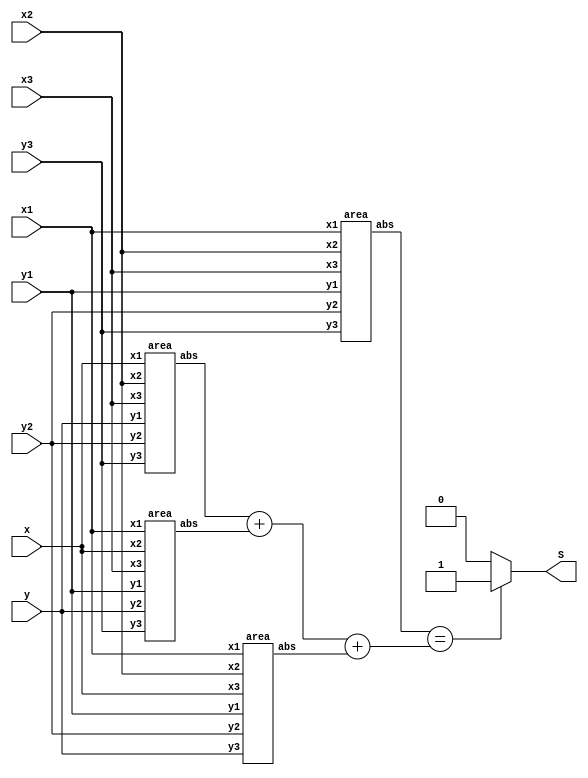
module pontoTriangulo (
  input [9:0] x1,
  input [9:0] y1,
  input [9:0] x2,
  input [9:0] y2,
  input [9:0] x3,
  input [9:0] y3,
  input [9:0] x,
  input [9:0] y,
  output reg S
  );

  wire signed [20:0] A;
  wire signed [20:0] A1;
  wire signed [20:0] A2;
  wire signed [20:0] A3;

  area a(x1, y1, x2, y2, x3, y3, A);
  area b(x, y, x2, y2, x3, y3, A1);
  area c(x1, y1, x, y, x3, y3, A2);
  area d(x1, y1, x2, y2, x, y, A3);

  always @ (A, A1, A2, A3) begin
    if (A == (A1 + A2 + A3))
      begin
        S <= 1;
      end
    else
      begin
        S <= 0;
      end
  end
endmodule

module area (
  input [9:0] x1,
  input [9:0] y1,
  input [9:0] x2,
  input [9:0] y2,
  input [9:0] x3,
  input [9:0] y3,
  output reg [20:0] abs
  );

  always @ ( abs ) begin
    abs <= ((x1*(y2-y3) + (x2*(y3-y1)) + (x3*(y1-y2))));
  end

endmodule

module teste;

  integer entrada;
  integer saida;
  integer resp;
  reg signed [9:0] x1;
  reg signed [9:0] y1;
  reg signed [9:0] x2;
  reg signed [9:0] y2;
  reg signed [9:0] x3;
  reg signed [9:0] y3;
  reg signed [9:0] x;
  reg signed [9:0] y;
  reg signed [9:0] P;
  wire S;

  initial begin
    $dumpvars;

    entrada = $fopen("entradaVerilog.txt", "r");
    saida = $fopen("saidaVerilog.txt", "w");

    if (entrada == 0)
    begin
      $display("O arquivo no pode ser aberto.");
      $finish;
    end
  end

  always #2 begin
    if(!$feof(entrada)) begin
    resp = $fscanf(entrada, "%d %d %d %d %d %d %d %d %d\n", x1, y1, x2, y2, x3, y3, x, y, P);
    //$display("%d %d %d %d %d %d %d %d %d\n", x1, y1, x2, y2, x3, y3, x, y, P);
    #1
      if (S == 1)
        $fwrite(saida, "%.f %.f  %.f %.f  %.f %.f  %.f %.f %.f\n", x1, y1, x2, y2, x3, y3, x, y, S);
      else
        $fwrite(saida, "%.f %.f  %.f %.f  %.f %.f  %.f %.f %.f\n", x1, y1, x2, y2, x3, y3, x, y, S);
    end
    else begin
      $finish;
    end
  end

  pontoTriangulo p(x1, y1, x2, y2, x3, y3, x, y, S);

endmodule